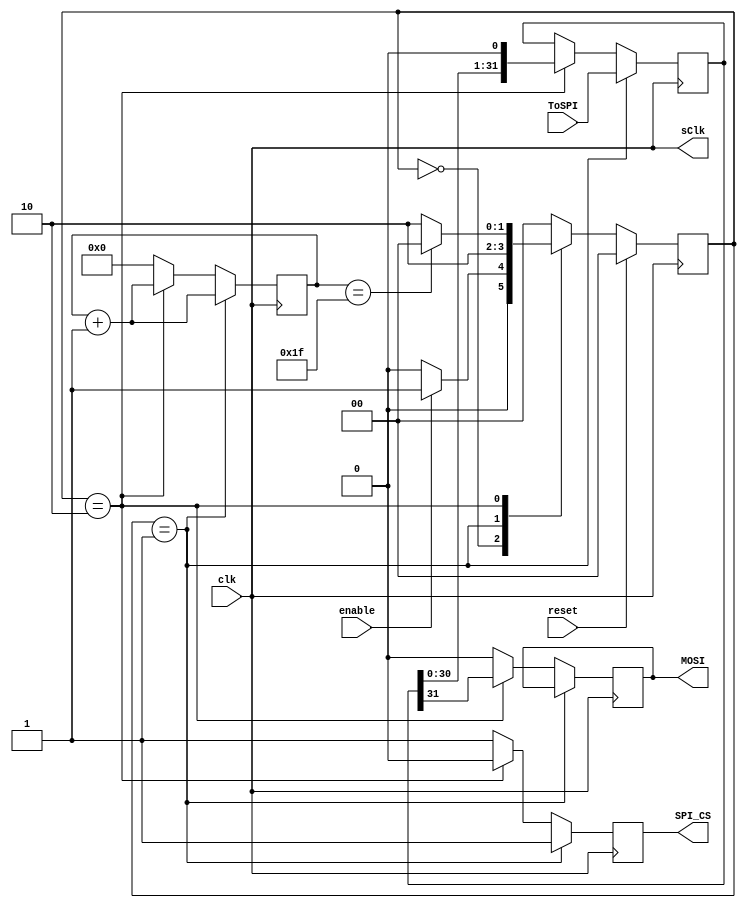
`timescale 1ns / 1ps
//////////////////////////////////////////////////////////////////////////////////
// Company: 
// Engineer: 
// 
// Design Name: 
// Module Name:    SPI_Master_v2 
// Project Name: 
// Target Devices: 
// Tool versions: 
// Description: 
//
// Dependencies: 
//
// Revision: 
// Revision 0.01 - File Created
// Additional Comments: 
//
//////////////////////////////////////////////////////////////////////////////////
module SPI_Master(
input clk,
input [31:0]ToSPI,
input enable,
input reset,
output reg MOSI,
output sClk,
output reg SPI_CS
    );

reg [1:0] NS = 0;
reg [1:0] PS = 0;
reg [31:0]sendOut = 0;
parameter idle  = 0;
parameter latchData = 1;
parameter send =  2;
reg [5:0] count = 0;

assign sClk = clk;

always@(posedge clk)
begin
	if(reset)
		PS <= idle;
	else 
		PS <= NS;
end


	
	
	
	//ns logic

always@(*)
begin
		NS <= idle;
		case(PS)
							   
			idle			:	NS <= (enable) 			? latchData	:	idle;
			//latchData	:	NS <=	(sendOut == ToSPI)? send		:	latchData;
			latchData	:	NS <=	send;
			send			:	NS <= (count == 31) 		? idle		:	send;
			default		:	NS <= idle;
		endcase
end	
	//ps logic
	

always@(posedge clk)
begin
	if(PS == latchData)
	begin	
		sendOut <= ToSPI;
		SPI_CS <= 1;
		count <= count + 1;
		//MOSI 	<= sendOut[31];
		
	end
	else if(PS == send)
	begin
		sendOut <= sendOut << 1;
		count <= count + 1;
		SPI_CS <= 0;
		MOSI 	<= sendOut[31];
		
	end
	else
	begin
		count <= 0;
		SPI_CS <= 1;
		MOSI <= 0;
		
	end
	
end



endmodule